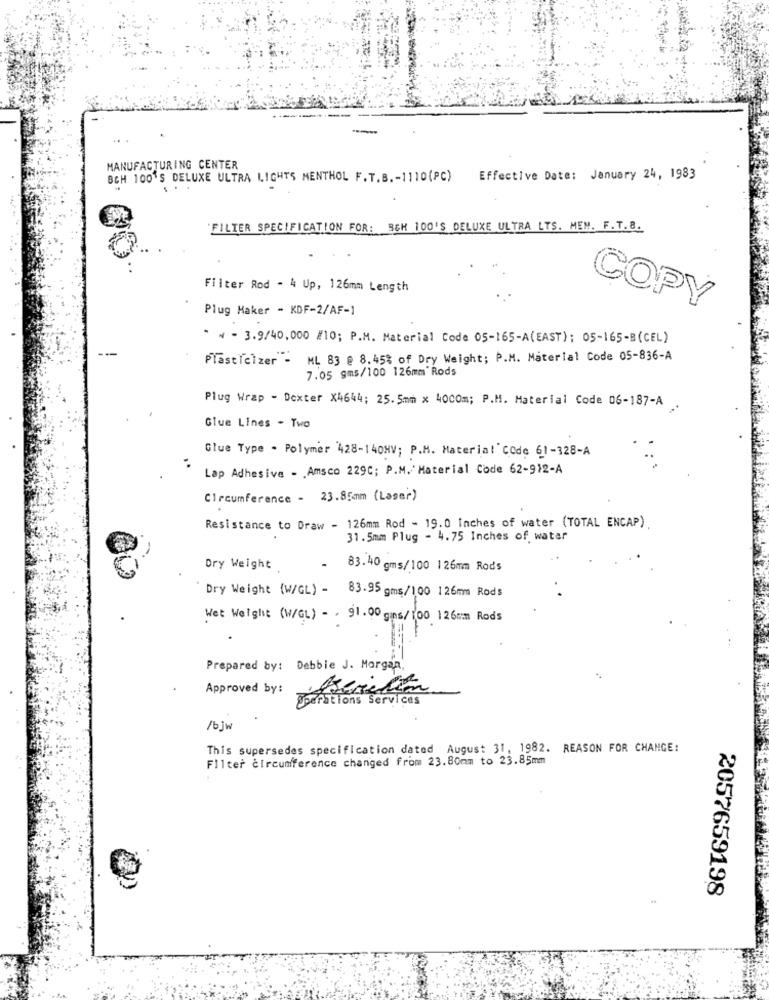
MANUFACTURING CENTER
BGH 100'S DELUXE ULTRA LIGHTS MENTHOL F. T.B .- 1110(PC) Effective Date: January 24, 1983
FILTER SPECIFICATION FOR: SCH 100'S DELUXE ULTRA LTS. MEM. F.T.B.
Filter Rod - 4 Up, 126mm Length
Plug Maker - KDF-2/AF-1
COPY
* ~ - 3.9/40,000 /10; P.M. Material Code 05-165-A(EAST); 05-165-B(CEL)
---
Plasticizer - ML 83 @ 8.45% of Dry Weight; P.M. Material Code 05-836-A
7.05 gms/100 126mm' Rods
Plug Wrap - Dexter X4644; 25. 5mm x 4000m; P.M. Material Code 06-187-A .
Glue Lines - Two
Glue Type . Polymer 428-140HV; P.M. Material" COde 61-328-A
Lap Adhesive - . Amsco 229C; P.M. Material Code 62-912-A
Circumference - 23.85mm (Laser)
Resistance to Draw - 126mm Rod - 19.0 Inches of water (TOTAL ENCAP)
31.5mm Plug - 4.75 Inches of water
Dry Weight
83.40 gms/100 126mm Rods
Dry Weight (W/GL) - 83.95 gms/100 126mm Rods
Wet Weight (W/GL) - . 91.00 gans/100 126mm Rods
Prepared by: Debbie J. Morgan,
Approved by:
Operations Services
/bjw
This supersedes specification dated August 31, 1982. REASON FOR CHANGE:
Filter circumference changed from 23.80mm to 23.85mm
2057659198